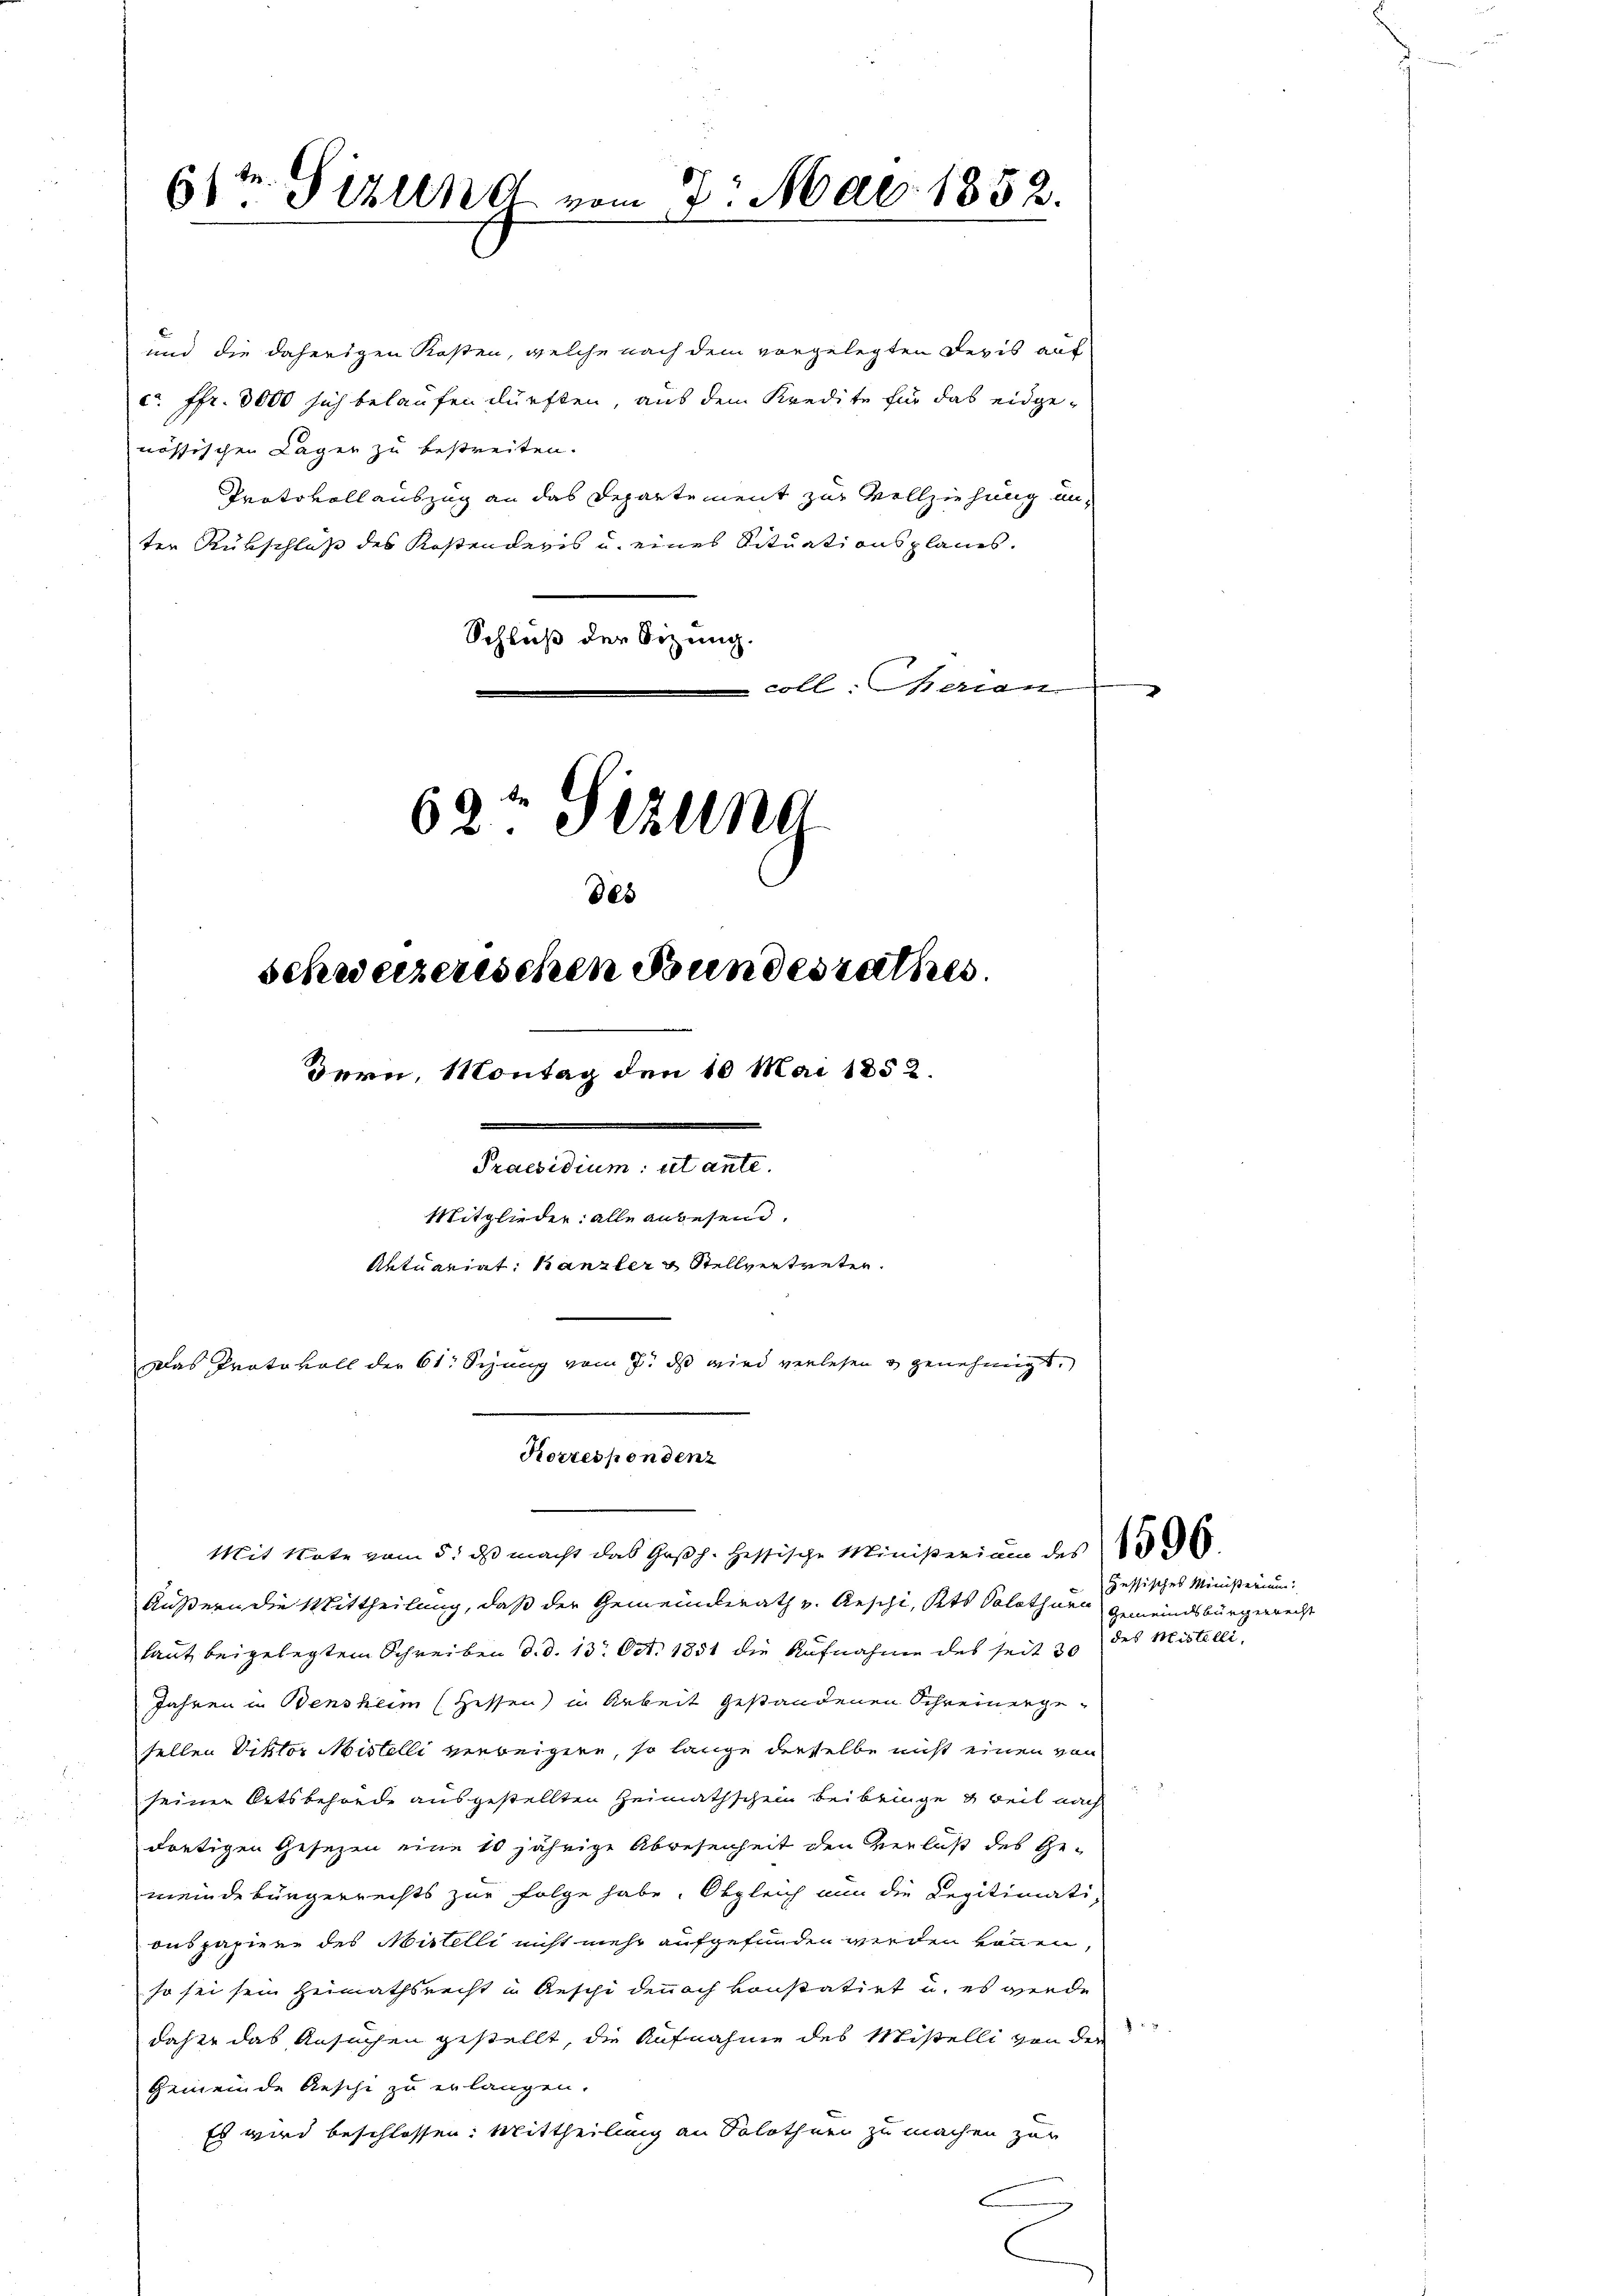
v. Gizlend vom 7. Mai 1852.

und die daherigen Kosten, welche nach dem vorgelegten Revis auf
ca Fr. 3000 sich belaufen dürften, aus dem Kredite für das eidgenössischen Lager zu bestreiten.
Protokollauszug an das Departement zur Vollziehung un-
ter Rübschluß des Kostenderis u. eines Situationsplanes.
Schluß der Sitzung.
coll. Herren
62te Sitzung

des
schweizerischen Bundesrathes

dern, Montag den 10 Mai 1852.
Praesidium ut ante.
Mitglieder: alle anwesend.
Aktuariat Kanzler & Stellvertreten.
Das Protokoll der 61. Seung vom 7. ds wird verlesen & genehmigt.

Korrespondenz
Mit Note vom 5. ds macht das Goßh. Hessische Ministerium des

Äußern die Mittheilung, daß der Gemeinderath v. Aeschi, Kts. Solothurn Gemeindsbürgerrecht
laut beigelegtem Schreiben d. d. 13. Oct. 1851 die Aufnahme des seit 30
Jahren in Bensheim (Hessen) in Arbeit gestandenen Schreinengefellen Diktor Mistelli verweigere, so lange derselbe nicht einen von
seinen Ortsbehörde ausgestellten Heimathschein beibringe & weil nach
dortigen Gesezen eine 20jährige Abwesenheit den Verlaß des Gemeindebürgerrechts zur Folge habe. Obgleich nun die Legitimati-
onspapiere des Mistelli nicht mehr aufgefunden werden können,
so sei sein Heimathsrecht in Aeschi dennoch konstatirt u. es werde
8
daher das Ansuchen gestellt, die Aufnahme des Miselli von der
Gemeinde Aeschi zu erlangen.
Es wird beschlossen: Mittheilung an Solothur zu machen zur

zessisches Ministerium.
des Mistelli,